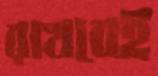
রাখবেই